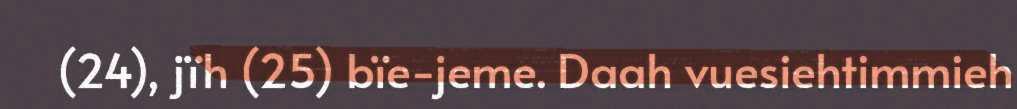
(24), jïh (25) bïe-jeme. Daah vuesiehtimmieh